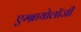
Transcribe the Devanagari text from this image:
एम्ब्रायोलॉजी